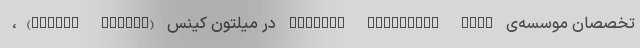
تخصصان موسسه‌ی Medical Detection Dogs در میلتون کینس (Milton Keynes)،